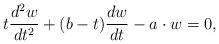
LaTeX: \begin{align*}t\frac{d^2w}{dt^2} + (b-t)\frac{dw}{dt} - a\cdot w = 0,\end{align*}